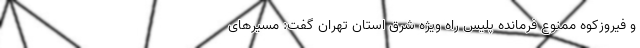
و فیروزکوه ممنوع فرمانده پلیس راه ویژه شرق استان تهران گفت: مسیرهای